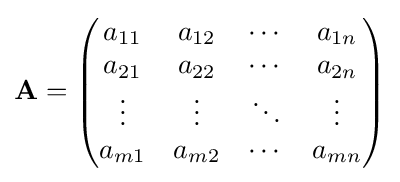
\mathbf {A} ={\begin{pmatrix}a_{11}&a_{12}&\cdots &a_{1n}\\a_{21}&a_{22}&\cdots &a_{2n}\\\vdots &\vdots &\ddots &\vdots \\a_{m1}&a_{m2}&\cdots &a_{mn}\\\end{pmatrix}}